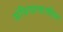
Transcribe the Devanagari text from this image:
संधिवातातील